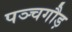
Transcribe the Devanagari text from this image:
पञ्चगौड़